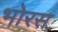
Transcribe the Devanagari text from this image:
भोरस